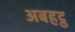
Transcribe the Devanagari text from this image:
अबहट्ठ